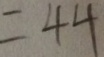
= 4 4